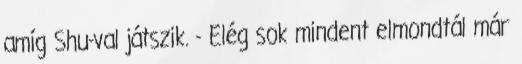
amíg Shu-val játszik. - Elég sok mindent elmondtál már